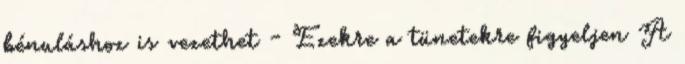
bénuláshoz is vezethet - Ezekre a tünetekre figyeljen A